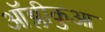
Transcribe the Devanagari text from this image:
ऑब्लीकुआ